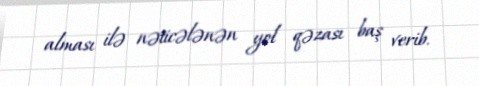
alması ilə nəticələnən yol qəzası baş verib.